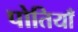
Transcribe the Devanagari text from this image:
पोतियाँ